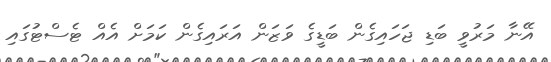
އޭނާ މަރުވީ ބަޑި ޖަހައިގެން ބަޑީގެ ވަޒަން އަރައިގެން ކަމަށް އެއް ޓެސްޓުގައި